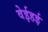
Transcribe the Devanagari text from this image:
वेईहई